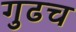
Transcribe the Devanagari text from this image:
गुढच